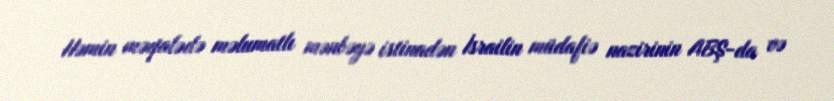
Həmin məqalədə məlumatlı mənbəyə istinadən İsrailin müdafiə nazirinin ABŞ-da və